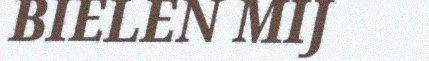
BIELEN MIJ